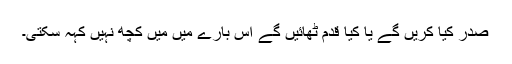
صدر کیا کریں گے یا کیا قدم ٹھائیں گے اس بارے میں میں کچھ نہیں کہہ سکتی۔